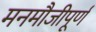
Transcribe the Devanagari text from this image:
मनमौजीपूर्ण